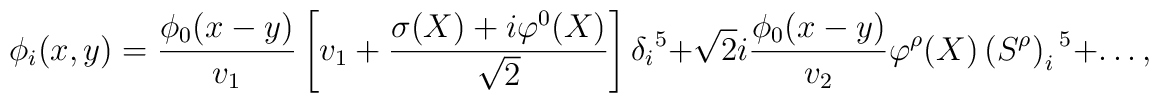
\phi_i(x,y) = \frac{\phi_0(x-y)}{v_1}\left[v_1+  \frac{\sigma (X)+i\varphi^0(X)}{\sqrt{2}}\right]\delta_i{}^5  +\sqrt{2} i\frac{\phi_0(x-y)}{v_2}\varphi^\rho (X)  \left(S^\rho \right)_i{}^5+\ldots,